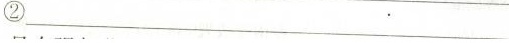
②___。